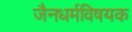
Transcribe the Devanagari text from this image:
जैनधर्मविषयक